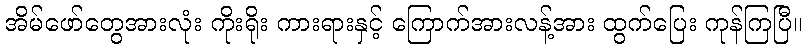
အိမ်ဖော်တွေအားလုံး ကိုးရိုး ကားရားနှင့် ကြောက်အားလန့်အား ထွက်ပြေး ကုန်ကြပြီ။